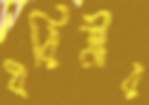
ধরিত্রীর